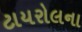
ટાયરોલના